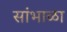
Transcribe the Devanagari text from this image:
सांभाळा